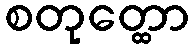
စတုတ္ထော